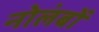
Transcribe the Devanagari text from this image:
नोलंबों